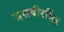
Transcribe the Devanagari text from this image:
जसबीरसिंह